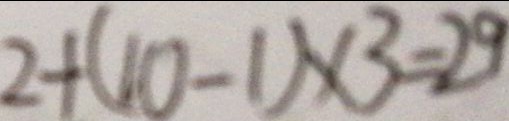
2 + ( 1 0 - 1 ) \times 3 = 2 9